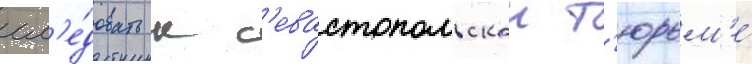
сл'е́довать к с'евастопольскои т'юрьм'е́